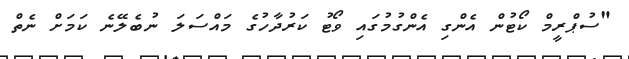
"ސުޕްރީމް ކޯޓުން އެންގި އެންގުމުގައި ވޯޓު ކަރުދާހުގެ މައްސަލަ ނުބެލޭނެ ކަމަށް ނެތް